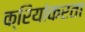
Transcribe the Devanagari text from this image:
क्रियांकरता